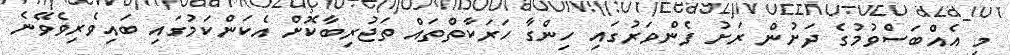
މި އެއްބަސްވުމުގެ ދަށުން ރަށު ފެންވަރުގައި ހިންގާ ހަރަކާތްތައް ތަޖުރިބާކޮށް އެކަންކަމުގައި ބައިވެރިވެވޭނެ